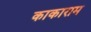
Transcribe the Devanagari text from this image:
काकाराम